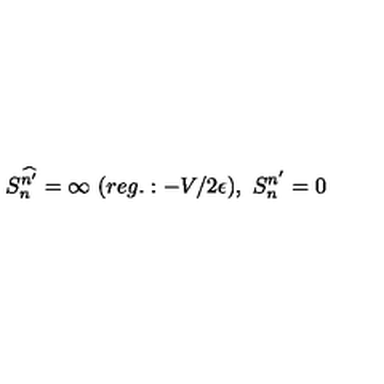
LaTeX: S _ { n } ^ { \widehat { n ^ { \prime } } } = \infty \ ( r e g . : - V / 2 \epsilon ) , \ S _ { n } ^ { n ^ { \prime } } = 0